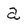
Character: a